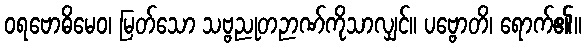
ဝရဗောဓိမေဝ၊ မြတ်သော သဗ္ဗညုတဉာဏ်ကိုသာလျှင်။ ပဗ္ဗောတိ၊ ရောက်၏။